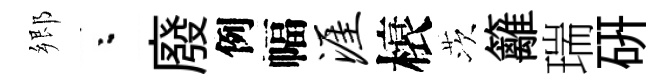
郷粉廢例幅涯榱茨籬瑞硏